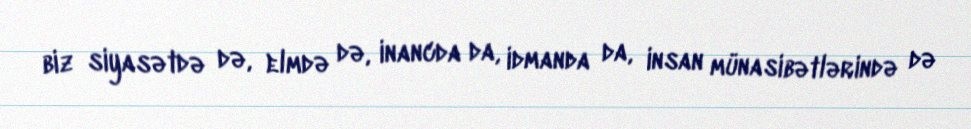
biz siyasətdə də, elmdə də, inancda da, idmanda da, insan münasibətlərində də